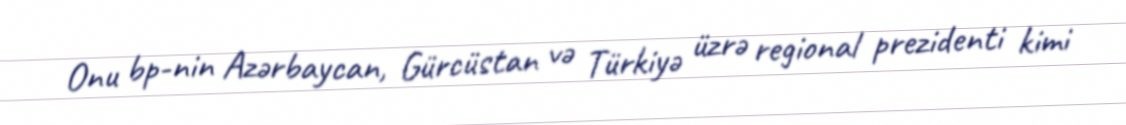
Onu bp-nin Azərbaycan, Gürcüstan və Türkiyə üzrə regional prezidenti kimi